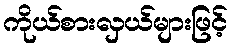
ကိုယ်စားလှယ်များဖြင့်